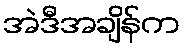
အဲဒီအချိန်က